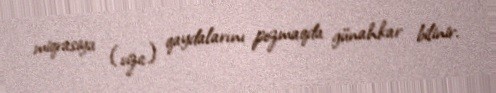
miqrasiya (viza) qaydalarını pozmaqda günahkar bilinir.